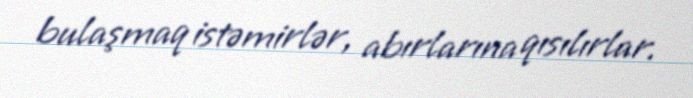
bulaşmaq istəmirlər, abırlarına qısılırlar.